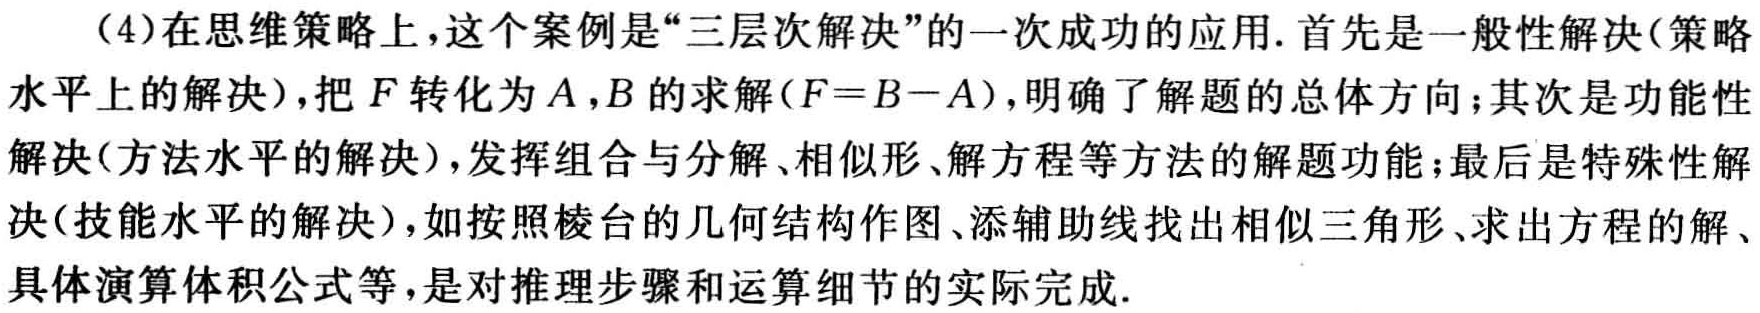
（4）在思维策略上，这个案例是“三层次解决”的一次成功的应用. 首先是一般性解决(策略水平上的解决)，把\(F\)转化为\(A\)，\(B\)的求解(\(F = B - A\))，明确了解题的总体方向；其次是功能性解决(方法水平上的解决)，发挥组合与分解、相似形、解方程等方法的解题功能；最后是特殊性解决(技能水平上的解决)，如按照棱台的几何结构作图、添辅助线找出相似三角形、求出方程的解、具体演算体积公式等，是对推理步骤和运算细节的实际完成.